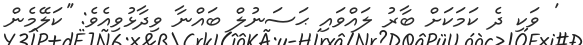
' ވަކި ދެ ކަމަކަށް ބާރު ލައްވައި ޙަސަނުލް ބައްނާ ވިދާޅުވިއެވެ: ''ކަލޭމެން